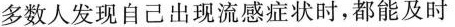
多数人发现自己出现流感症状时，都能及时